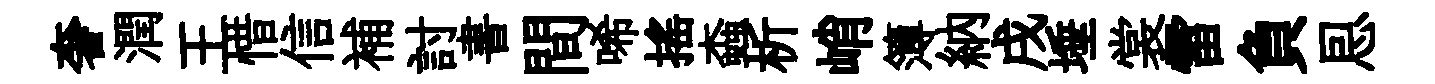
奢潤王惜信補討書間唏搖螙析峭簿納戌埵裳雷負㤙